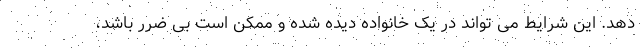
دهد. این شرایط می تواند در یک خانواده دیده شده و ممکن است بی ضرر باشد،